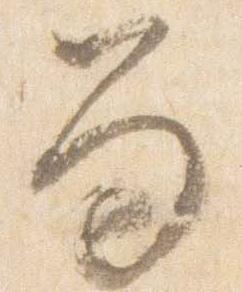
笏